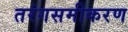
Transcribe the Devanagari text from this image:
तरंगसमीकरण